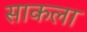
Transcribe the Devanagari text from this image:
साकला